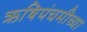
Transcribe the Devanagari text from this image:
ऋषिपंचमीच्या